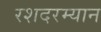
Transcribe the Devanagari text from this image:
रशदरम्यान